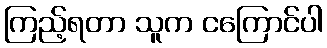
ကြည့်ရတာ သူက ငကြောင်ပါ